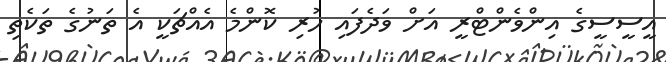
އީސީސީގެ އިންވެންޓްރީ އަށް ވަދެފައި ހުރި ކޮންމެ އެއްޗަކީ އެ ތަނުގެ ތަކެތި